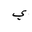
Letter: _ya